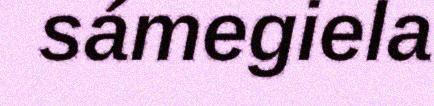
sámegiela